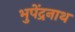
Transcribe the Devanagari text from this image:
भुपेंद्रनाथ